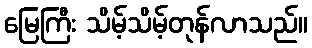
မြေကြီး သိမ့်သိမ့်တုန်လာသည်။